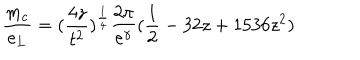
\frac { m _ { c } } { e _ { L } } = ( \frac { 4 z } { t ^ { 2 } } ) ^ { \frac { 1 } { 4 } } \frac { 2 \pi } { e ^ { \gamma } } ( \frac { 1 } { 2 } - 3 2 z + 1 5 3 6 z ^ { 2 } )